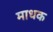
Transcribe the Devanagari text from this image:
माधक